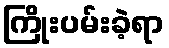
ကြိုးပမ်းခဲ့ရာ